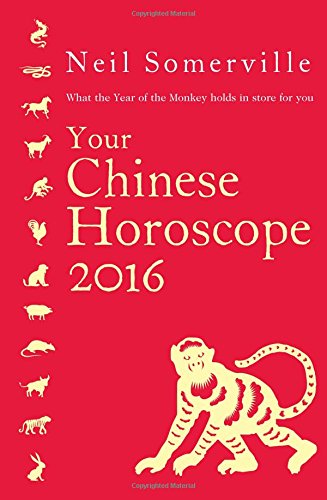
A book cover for Your Chinese Horoscope 2016: What the Year of the Monkey holds in store for you; Neil Somerville; Religion & Spirituality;